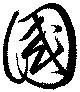
國